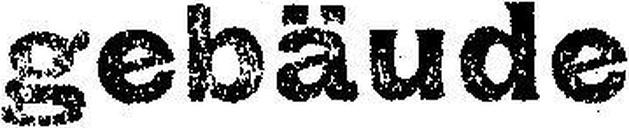
gebäude